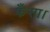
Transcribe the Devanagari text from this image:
फँसा।